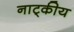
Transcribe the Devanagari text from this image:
नाट्कीय